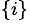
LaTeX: ^{\{ i\} }